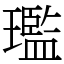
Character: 璼